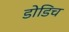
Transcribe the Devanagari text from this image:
डोडिच